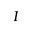
I